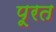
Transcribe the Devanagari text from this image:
पूरत